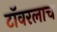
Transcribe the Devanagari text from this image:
टॉवरलाच